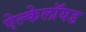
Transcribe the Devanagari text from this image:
ऐल्केलॉयड